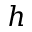
h